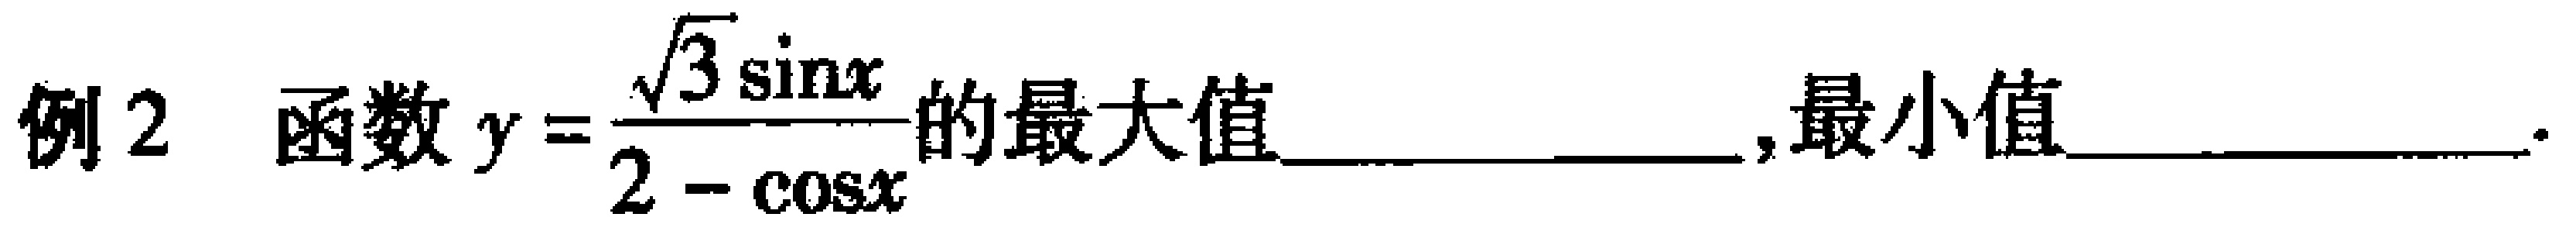
例2 函数\(y = \frac{\sqrt{3} \sin x}{2 - \cos x}\)的最大值  ，最小值  ．